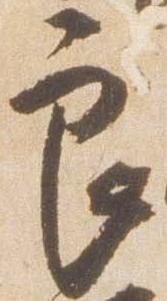
良